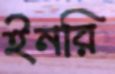
ইনরি